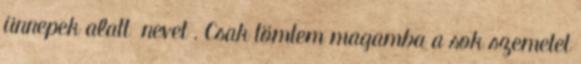
ünnepek alatt nevet . Csak tömtem magamba a sok szemetet